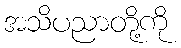
အသိပညာတို့ကို